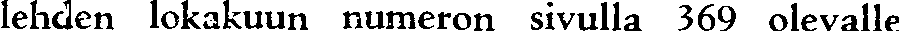
lehden lokakuun numeron sivulla 369 olevalle